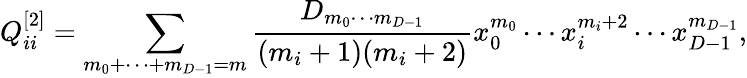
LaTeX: Q_{ii}^{[2]}=\sum_{m_{0}+\cdots+m_{{D-1}}=m}{\frac{D_{m_{0}\cdots m_{{D-1}}}}{(m_{i}+1)(m_{i}+2)}}x_{0}^{m_{0}}\cdots x_{i}^{m_{i}+2}\cdots x_{{D-1}}^{m_{{D-1}}},